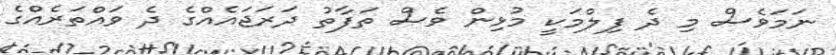
ނަމަވެސް މި ދެ ފިލްމަކީ މުޅިން ވެސް ތަފާތު ދަރަޖައެއްގެ ދެ ވައްތަރެއްގެ